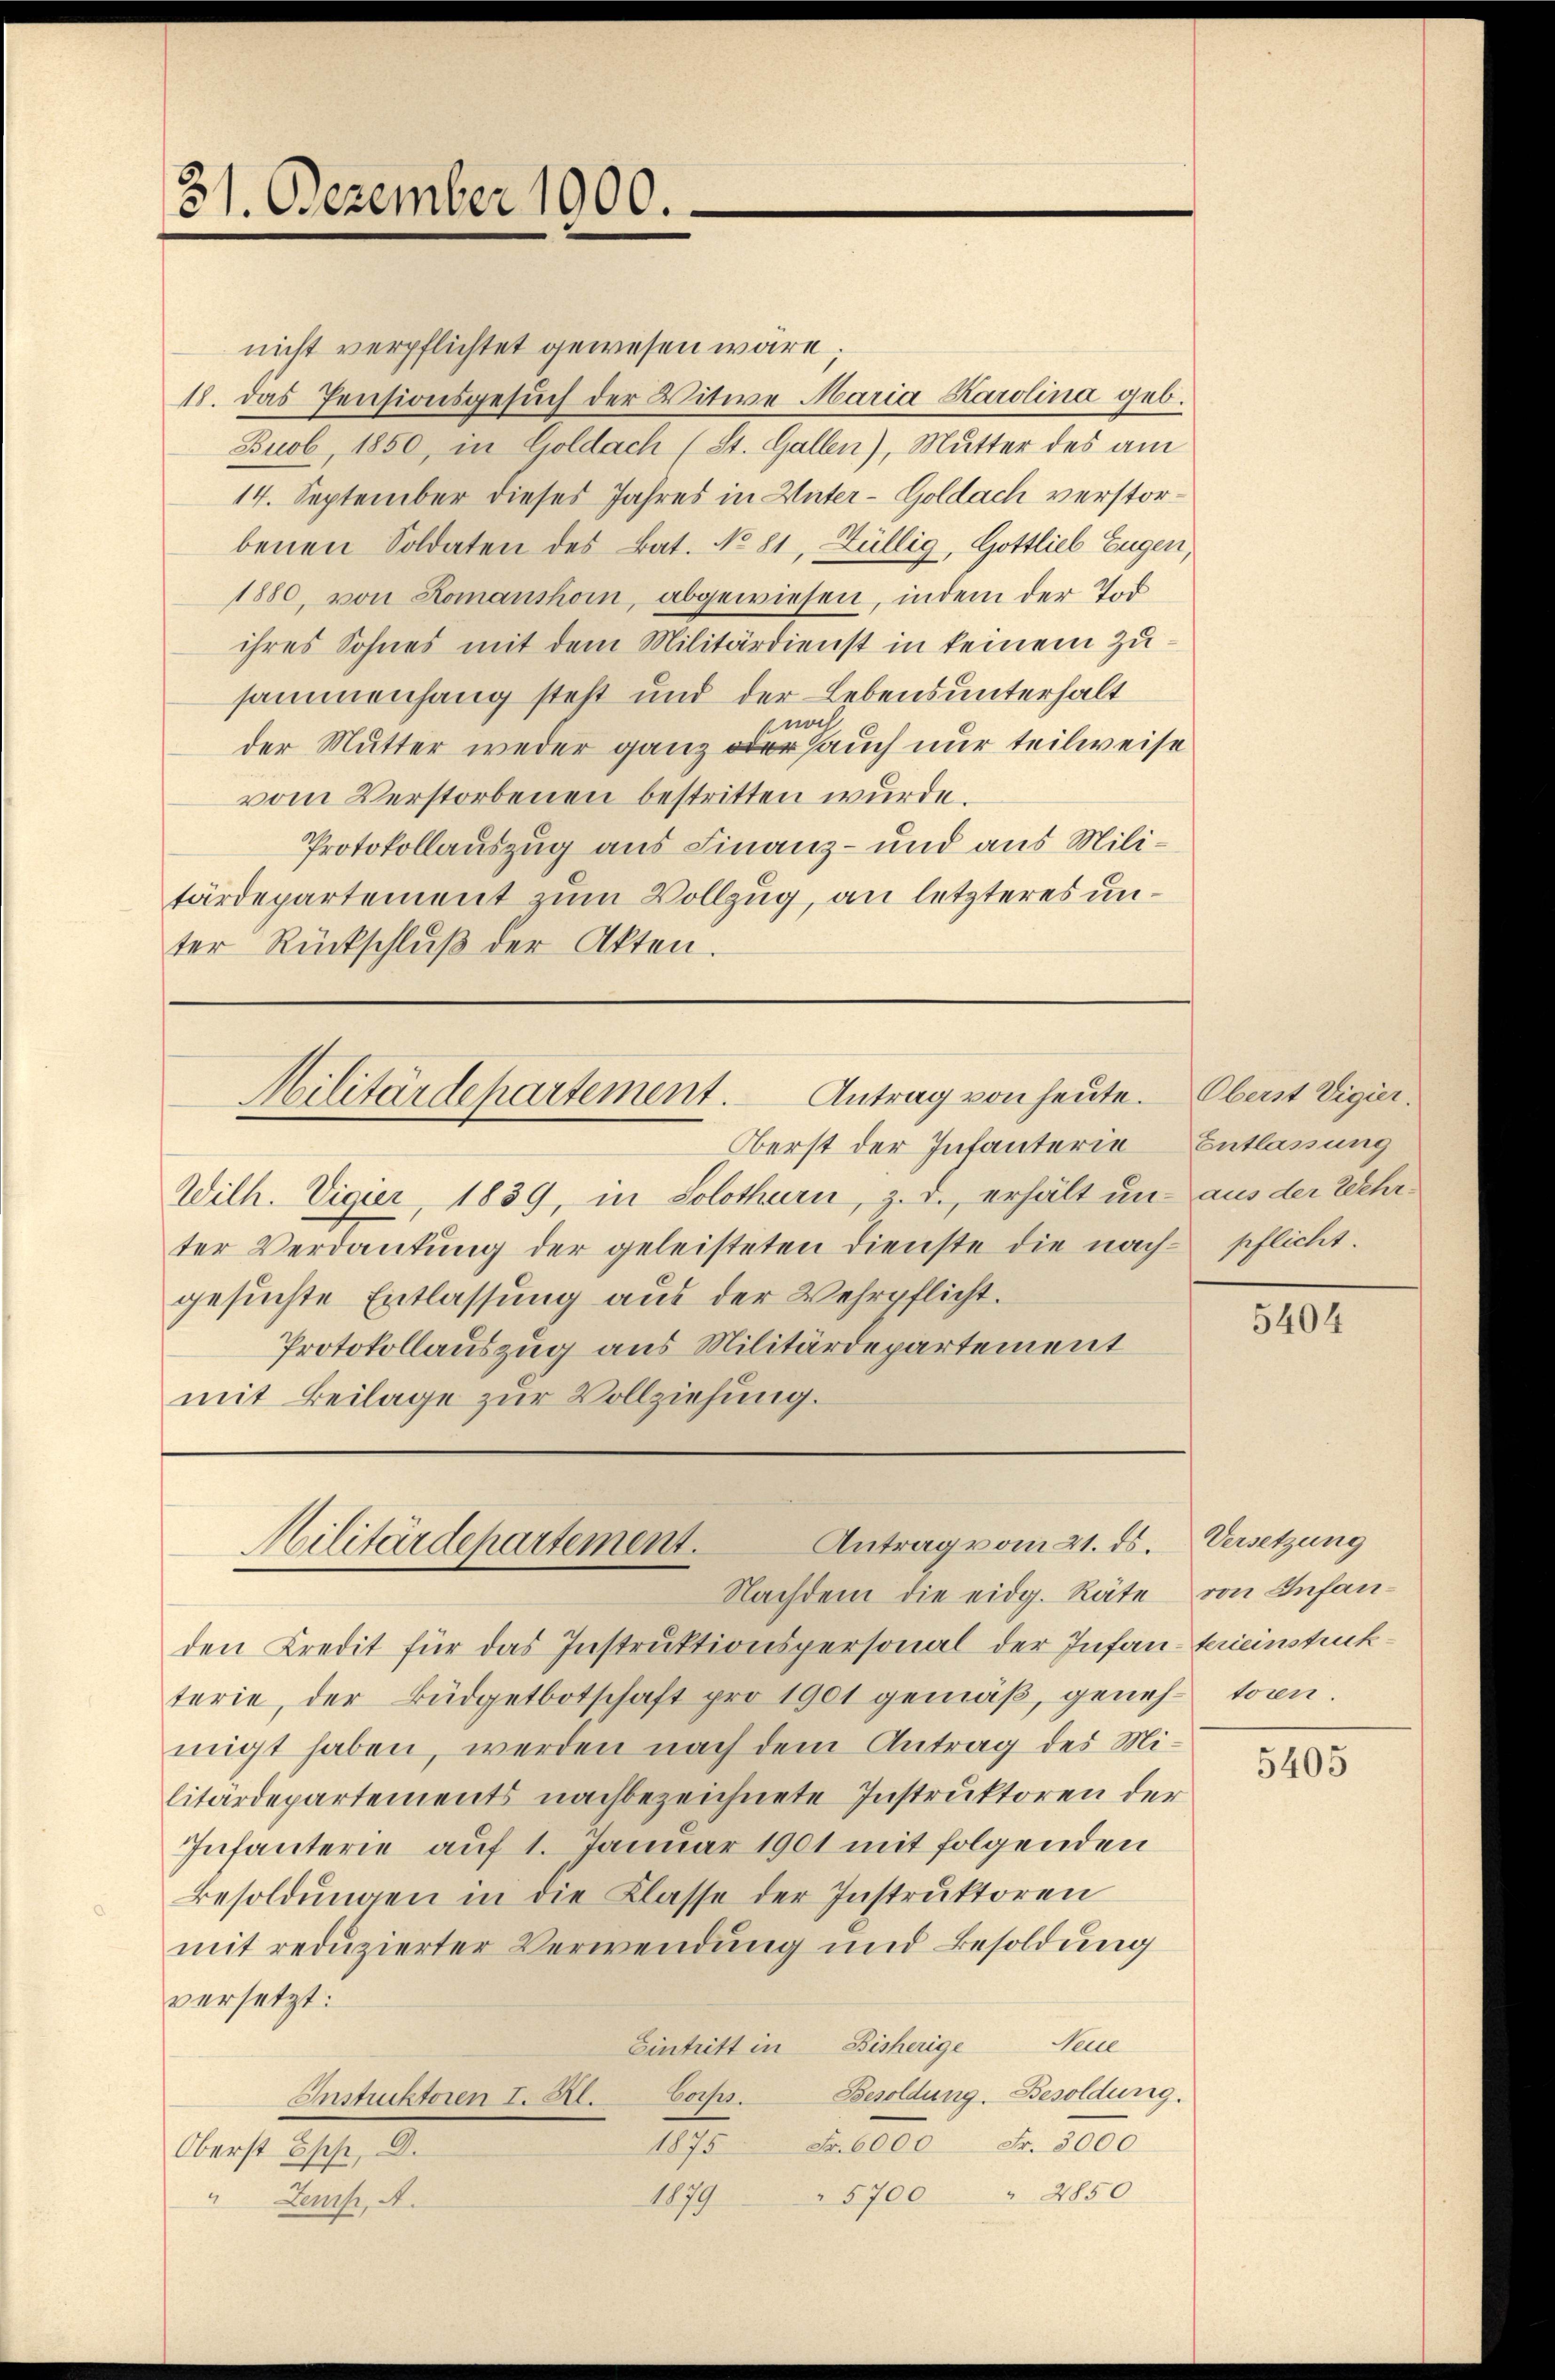
31. Dezember 1000.

nicht verpflichtet gewesen wäre.
18. Das Pensionsgesuch der Witwe Maria Karolina geb.
Buob, 1850, in Goldach (St. Gallen), Mutter des am
14. September dieses Jahres in Unter - Goldach verstorbenen Soldaten des Bat. No. 81, Züllig, Gottlieb Eugen,
1880, von Romanshorn, abgewiesen, indem der Tod
ihres Sohnes mit dem Militärdienst in keinem Zusammenhang steht und der Lebensunterhalt
noch
der Mutter weder ganz oder auch nur teilweise
vom Verstorbenen bestritten wurde.
Protokollauszug aus Finanz- und aus Militärdepartement zum Vollzug, an letzteres unter Rückschlŭβ der Akten.

Oberst der Infanterie
Wilh. Vigier, 1839, in Solothurn, z. d. erhält un-
ter Verdankung der geleisteten Dienste die nach pflicht.
gesuchte Entlassung aus der Wehrpflicht.
Protokollauszug aus Militärdepartement
mit Beilage zur Vollziehung.

Antrag von heute.
Militärdepartement.

Antrag vom 21. ds.
Militärdepartement.
Nachdem die eidg. Räte von Infan¬

den Kredit für das Instruktionspersonal der Infanterieinstruck
terie, der Büdgetbotschaft pro 1901 gemäß, geneh- toen.
migt haben, werden nach dem Antrag des Militärdepartements nachbezeichnete Instruktoren der
Infanterie auf 1. Januar 1901 mit folgenden
Besoldŭngen in die Klasse der Instruktoren
mit reduzierter Verwendung und Besoldung
versetzt:
Eintritt in Bisherige Neue
Instruktoren I. Kl. Corpss. Besoldung. Besoldung.
1875 Fr. 6000 Fr. 3000
Oberst Epp, D.
5700 " 4850
1079
Zemp, A.

Oberst Vigier.
Entlassung
aus der Wehr¬

5404

Versetzung

5405